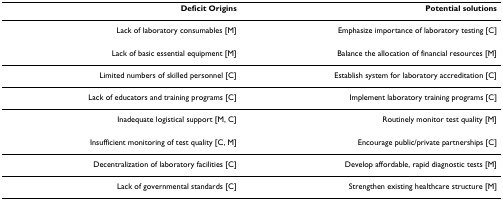
| Deficit Origins | Potential solutions |
 | --- | --- |
 | Lack of laboratory consumables [M] | Emphasize importance of laboratory testing [C] |
 | Lack of basic essential equipment [M] | Balance the allocation of financial resources [M] |
 | Limited numbers of skilled personnel [C] | Establish system for laboratory accreditation [C] |
 | Lack of educators and training programs [C] | Implement laboratory training programs [C] |
 | Inadequate logistical support [M, C] | Routinely monitor test quality [M] |
 | Insufficient monitoring of test quality [C, M] | Encourage public/private partnerships [C] |
 | Decentralization of laboratory facilities [C] | Develop affordable, rapid diagnostic tests [M] |
 | Lack of governmental standards [C] | Strengthen existing healthcare structure [M] |